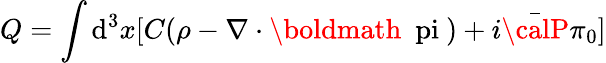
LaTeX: Q=\int\mathrm{d}^{3}x[C(\rho-\nabla\cdot\mathrm{{\boldmath~\ pi~}})+i\bar{{{\calP}}}\pi_{0}]